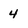
Character: 4